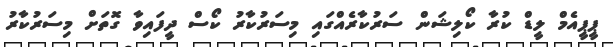
ޕީޕީއެމް ލީޑް ކުރާ ކޯލިޝަން ސަރުކާރެއްގައި މިސަރުކާރު ކޯސް ދީފައިވާ ގޮތަށް މިސަރުކާރު